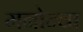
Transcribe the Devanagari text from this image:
मनोन्वा